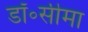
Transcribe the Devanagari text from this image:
डॉ॰सीमा